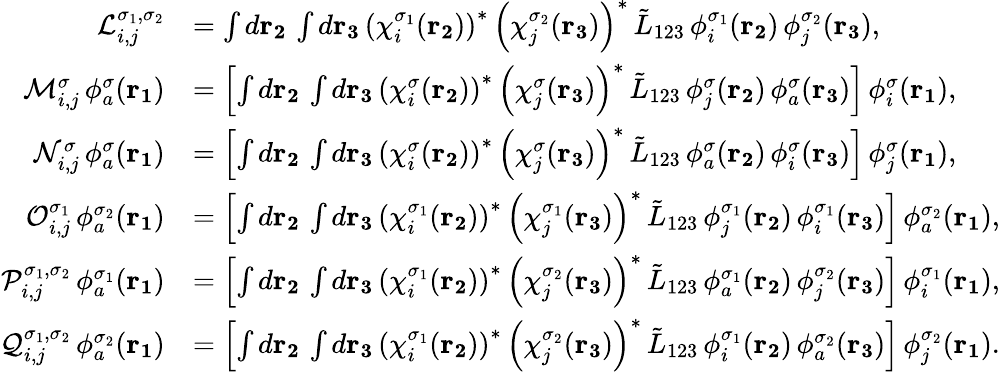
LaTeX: \begin{array}{rl}{\mathcal{L}_{i,j}^{\sigma_{1},\sigma_{2}}}&{=\int d\mathbf{r_{2}}\, \int d\mathbf{r_{3}}\, \left(\chi_{i}^{\sigma_{1}}(\mathbf{r_{2}})\right)^{*}\, \left(\chi_{j}^{\sigma_{2}}(\mathbf{r_{3}})\right)^{*}\, \tilde{L}_{123}\, \phi_{i}^{\sigma_{1}}(\mathbf{r_{2}})\, \phi_{j}^{\sigma_{2}}(\mathbf{r_{3}})\mathrm{,}}\\ {\mathcal{M}_{i,j}^{\sigma}\, \phi_{a}^{\sigma}(\mathbf{r_{1}})}&{=\left[\int d\mathbf{r_{2}}\, \int d\mathbf{r_{3}}\, \left(\chi_{i}^{\sigma}(\mathbf{r_{2}})\right)^{*}\, \left(\chi_{j}^{\sigma}(\mathbf{r_{3}})\right)^{*}\, \tilde{L}_{123}\, \phi_{j}^{\sigma}(\mathbf{r_{2}})\, \phi_{a}^{\sigma}(\mathbf{r_{3}})\right]\, \phi_{i}^{\sigma}(\mathbf{r_{1}})\mathrm{,}}\\ {\mathcal{N}_{i,j}^{\sigma}\, \phi_{a}^{\sigma}(\mathbf{r_{1}})}&{=\left[\int d\mathbf{r_{2}}\, \int d\mathbf{r_{3}}\, \left(\chi_{i}^{\sigma}(\mathbf{r_{2}})\right)^{*}\, \left(\chi_{j}^{\sigma}(\mathbf{r_{3}})\right)^{*}\, \tilde{L}_{123}\, \phi_{a}^{\sigma}(\mathbf{r_{2}})\, \phi_{i}^{\sigma}(\mathbf{r_{3}})\right]\, \phi_{j}^{\sigma}(\mathbf{r_{1}})\mathrm{,}}\\ {\mathcal{O}_{i,j}^{\sigma_{1}}\, \phi_{a}^{\sigma_{2}}(\mathbf{r_{1}})}&{=\left[\int d\mathbf{r_{2}}\, \int d\mathbf{r_{3}}\, \left(\chi_{i}^{\sigma_{1}}(\mathbf{r_{2}})\right)^{*}\, \left(\chi_{j}^{\sigma_{1}}(\mathbf{r_{3}})\right)^{*}\, \tilde{L}_{123}\, \phi_{j}^{\sigma_{1}}(\mathbf{r_{2}})\, \phi_{i}^{\sigma_{1}}(\mathbf{r_{3}})\right]\, \phi_{a}^{\sigma_{2}}(\mathbf{r_{1}})\mathrm{,}}\\ {\mathcal{P}_{i,j}^{\sigma_{1},\sigma_{2}}\, \phi_{a}^{\sigma_{1}}(\mathbf{r_{1}})}&{=\left[\int d\mathbf{r_{2}}\, \int d\mathbf{r_{3}}\, \left(\chi_{i}^{\sigma_{1}}(\mathbf{r_{2}})\right)^{*}\, \left(\chi_{j}^{\sigma_{2}}(\mathbf{r_{3}})\right)^{*}\, \tilde{L}_{123}\, \phi_{a}^{\sigma_{1}}(\mathbf{r_{2}})\, \phi_{j}^{\sigma_{2}}(\mathbf{r_{3}})\right]\, \phi_{i}^{\sigma_{1}}(\mathbf{r_{1}})\mathrm{,}}\\ {\mathcal{Q}_{i,j}^{\sigma_{1},\sigma_{2}}\, \phi_{a}^{\sigma_{2}}(\mathbf{r_{1}})}&{=\left[\int d\mathbf{r_{2}}\, \int d\mathbf{r_{3}}\, \left(\chi_{i}^{\sigma_{1}}(\mathbf{r_{2}})\right)^{*}\, \left(\chi_{j}^{\sigma_{2}}(\mathbf{r_{3}})\right)^{*}\, \tilde{L}_{123}\, \phi_{i}^{\sigma_{1}}(\mathbf{r_{2}})\, \phi_{a}^{\sigma_{2}}(\mathbf{r_{3}})\right]\, \phi_{j}^{\sigma_{2}}(\mathbf{r_{1}})\mathrm{.}}\end{array}